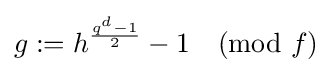
g:=h^{\frac {q^{d}-1}{2}}-1{\pmod {f}}